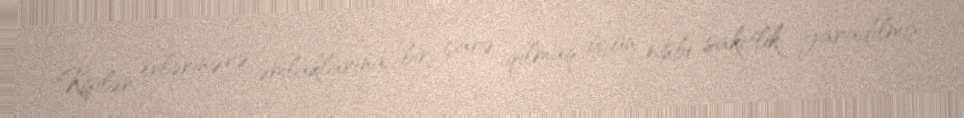
Kişilər evlərinə və əmlaklarına bir çarə qılmaq üçün nisbi sakitlik yaradılmış